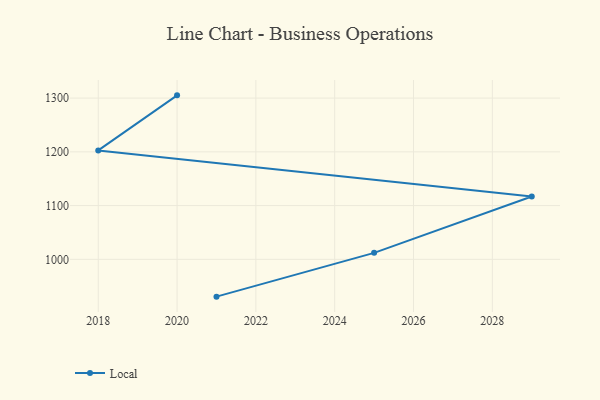
{"axis": {"x": "Year", "y": "Temperature (°C)"}, "legend": ["Local"], "data": [{"x": "2021", "y": 930.6, "type": "Local"}, {"x": "2025", "y": 1012.1, "type": "Local"}, {"x": "2029", "y": 1117.0, "type": "Local"}, {"x": "2018", "y": 1202.7, "type": "Local"}, {"x": "2020", "y": 1305.1, "type": "Local"}]}